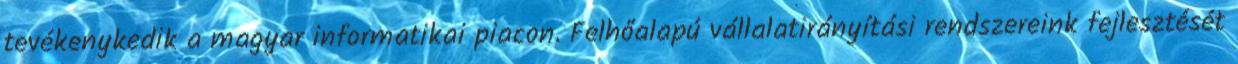
tevékenykedik a magyar informatikai piacon. Felhőalapú vállalatirányítási rendszereink fejlesztését